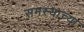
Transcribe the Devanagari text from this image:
समस्याच्या